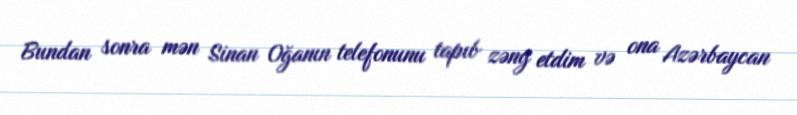
Bundan sonra mən Sinan Oğanın telefonunu tapıb zəng etdim və ona Azərbaycan